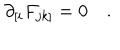
LaTeX: \partial _ { [ i } F _ { j k ] } = 0 \quad .